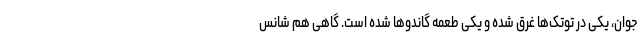
جوان، یکی در توتک‌ها غرق شده و یکی طعمه گاندوها شده است. گاهی هم شانس